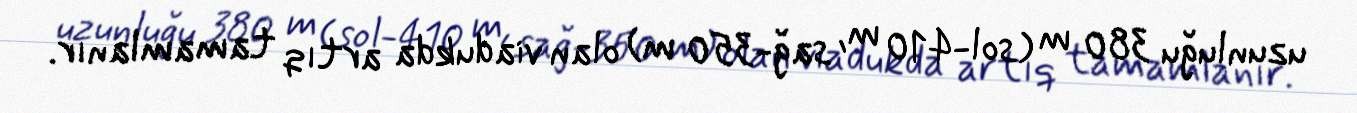
uzunluğu 380 m (sol-410 m, sağ-350 m) olan viadukda artıq tamamlanır.